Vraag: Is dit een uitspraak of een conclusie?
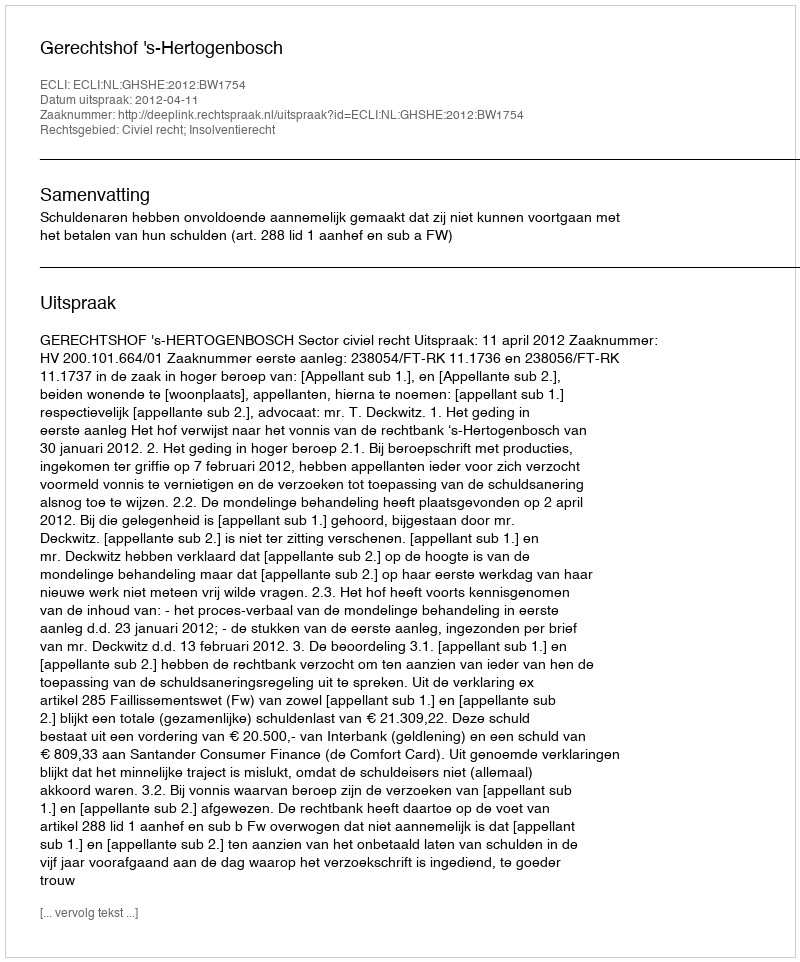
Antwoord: Uitspraak